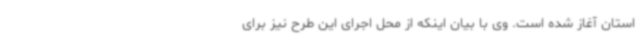
استان آغاز شده است. وی با بیان اینکه از محل اجرای این طرح نیز برای